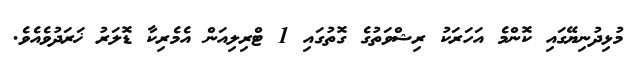
މުޅިދުނިޔޭގައި ކޮންމެ އަހަރަކު ރިޝްވަތުގެ ގޮތުގައި 1 ޓްރިލިއަން އެމެރިކާ ޑޮލަރު ޚަރަދުވެއެވެ.